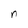
Character: n